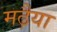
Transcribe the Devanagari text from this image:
मढ़ैया